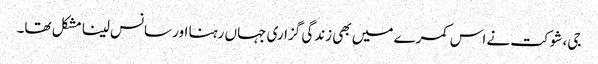
جی، شوکت نے اس کمرے میں بھی زندگی گزاری جہاں رہنا اور سانس لینا مشکل تھا۔